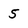
Character: 5